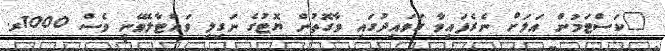
"ކަސްޓަމުން އަލަށް ނެރެފައިވާ ގަވައިދުގައި ވާގޮތުން ޔޮޓުގެ ނަގިލި ވައްޓާލެވޭނީ ވެސް 1000ރ.